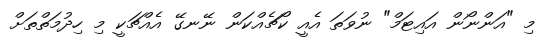
މި "އަންނޯން އައިޓަމް" ނުވަތަ އެއީ ކޯޗެއްކަން ނޭނގޭ އެއްޗަކީ މި ހިދުމަތްތަށް